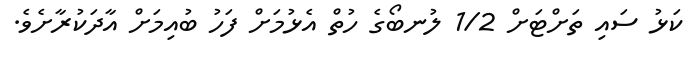
ކަޅު ސައި ތަށްޓަށް 1/2 ލުނބޯގެ ހުތް އެޅުމަށް ފަހު ބުއިމަށް އާދަކުރާށެވެ.